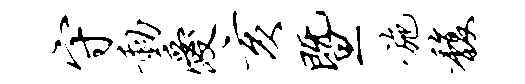
守动爱亥暨施馥